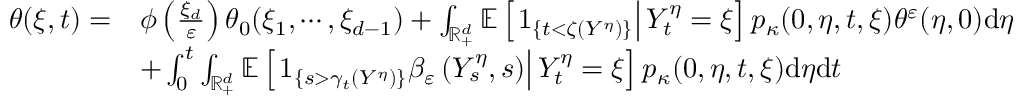
\begin{array} { r l } { \theta ( \xi , t ) = } & { \phi \left( \frac { \xi _ { d } } { \varepsilon } \right) \theta _ { 0 } ( \xi _ { 1 } , \cdots , \xi _ { d - 1 } ) + \int _ { \mathbb { R } _ { + } ^ { d } } \mathbb { E } \left[ \left. 1 _ { \{ t < \zeta ( Y ^ { \eta } ) \} } \right| Y _ { t } ^ { \eta } = \xi \right] p _ { \kappa } ( 0 , \eta , t , \xi ) \theta ^ { \varepsilon } ( \eta , 0 ) \mathrm { d } \eta } \\ & { + \int _ { 0 } ^ { t } \int _ { \mathbb { R } _ { + } ^ { d } } \mathbb { E } \left[ \left. 1 _ { \left\{ s > \gamma _ { t } ( Y ^ { \eta } ) \right\} } \beta _ { \varepsilon } \left( Y _ { s } ^ { \eta } , s \right) \right| Y _ { t } ^ { \eta } = \xi \right] p _ { \kappa } ( 0 , \eta , t , \xi ) \mathrm { d } \eta \mathrm { d } t } \end{array}